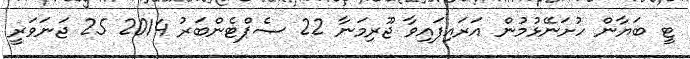
ޓީ ބަޔާން ހުށަނޭޅުމުން އަރައިފައިވާ ޖޫރިމަނާ 22 ސެޕްޓެންބަރު 2014 25 ޖަނަވަރީ